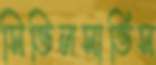
সিভিলসার্ভিস